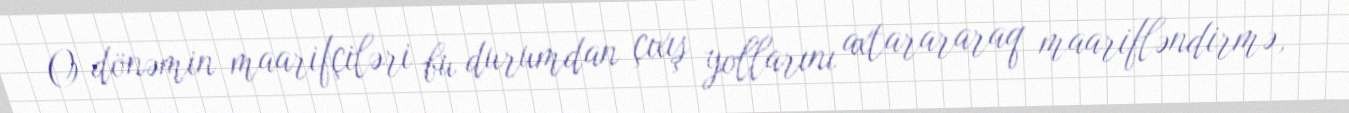
O dönəmin maarifçiləri bu durumdan çıxış yollarını axtarararaq maarifləndirmə,